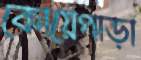
কোয়েপাড়া